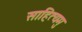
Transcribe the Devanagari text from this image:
साहित्यमु